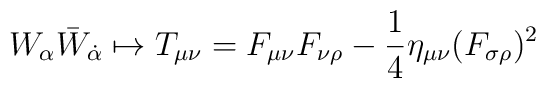
W_\alpha\bar W_{\dot \alpha}\mapsto T_{\mu \nu}=F_{\mu \nu}F_{\nu \rho}-{1\over 4}\eta_{\mu \nu}(F_{\sigma \rho})^2